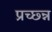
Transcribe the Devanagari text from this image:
प्रच्छ्न्न